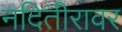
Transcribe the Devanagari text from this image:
नदितीरावर